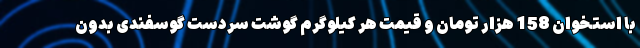
با استخوان 158 هزار تومان و قیمت هر کیلوگرم گوشت سردست گوسفندی بدون